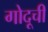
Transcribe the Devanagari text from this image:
गोदूची